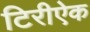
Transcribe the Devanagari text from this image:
टिरीऐक